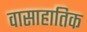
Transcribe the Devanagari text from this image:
वासाहातिक